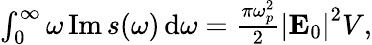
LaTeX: \begin{array}{r}{\int_{0}^{\infty}\omega\operatorname{Im}s(\omega)\, \mathrm{d}\omega=\frac{\pi\omega_{p}^{2}}{2}\left|\mathbf{E}_{0}\right|^{2}V,}\end{array}